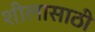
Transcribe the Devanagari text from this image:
शीलासाठी